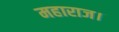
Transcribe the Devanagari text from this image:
महाराज।